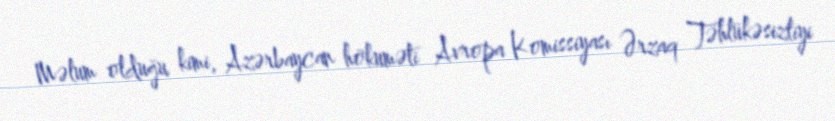
Məlum olduğu kimi, Azərbaycan hökuməti Avropa Komissiyası Ərzaq Təhlükəsizliyi